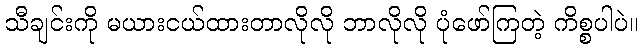
သီချင်းကို မယားငယ်ထားတာလိုလို ဘာလိုလို ပုံဖော်ကြတဲ့ ကိစ္စပါပဲ။